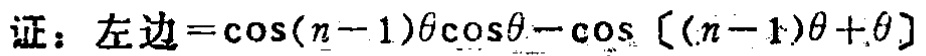
证：左边$=\cos(n - 1)\theta\cos\theta-\cos[(n - 1)\theta+\theta]$